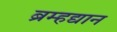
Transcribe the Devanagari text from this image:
ब्रम्हद्यान